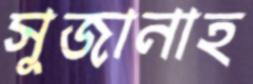
সুজানাহ